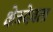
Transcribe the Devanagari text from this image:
क्षेत्रदेवता